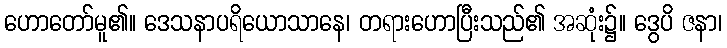
ဟောတော်မူ၏။ ဒေသနာပရိယောသာနေ၊ တရားဟောပြီးသည်၏ အဆုံး၌။ ဒွေပိ ဇနာ၊